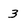
Character: 3